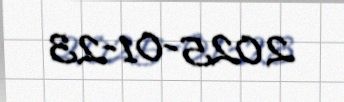
2025-01-23